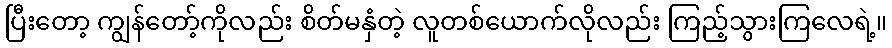
ပြီးတော့ ကျွန်တော့်ကိုလည်း စိတ်မနှံတဲ့ လူတစ်ယောက်လိုလည်း ကြည့်သွားကြလေရဲ့။